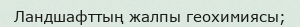
Ландшафттың жалпы геохимиясы;